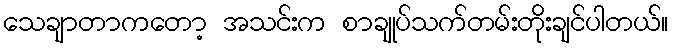
သေချာတာကတော့ အသင်းက စာချုပ်သက်တမ်းတိုးချင်ပါတယ်။